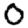
Digit: 0